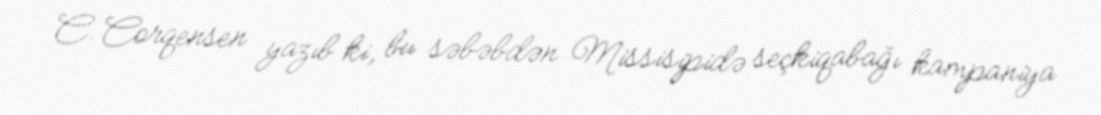
C. Corqensen yazıb ki, bu səbəbdən Missisipidə seçkiqabağı kampaniya